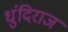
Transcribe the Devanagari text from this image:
धुंदिराज